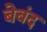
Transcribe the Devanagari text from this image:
बेबंद